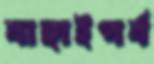
বাছাইপর্ব